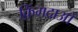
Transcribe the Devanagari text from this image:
क़िंगदाओ